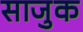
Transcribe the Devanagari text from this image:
साजुक